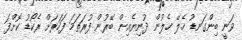
ވަނީ ބިންގަނޑު ހެލޭ ހެލުން ދުނިޔެއިން ބޭރުން ފުރަތަމަ ފަހަރަށް ރެކޯޑު ކޮށްފަ